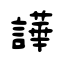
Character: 譁